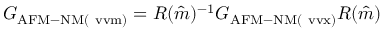
G _ { \mathrm { A F M - N M ( \ v v m ) } } = R ( \hat { m } ) ^ { - 1 } G _ { \mathrm { A F M - N M ( \ v v x ) } } R ( \hat { m } )